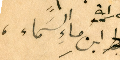
ابنِ ماءِ السَماء،